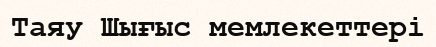
Таяу Шығыс мемлекеттері